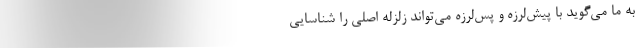
به ما می‌گوید با پیش‌لرزه و پس‌لرزه می‌تواند زلزله اصلی را شناسایی